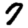
Digit: 7